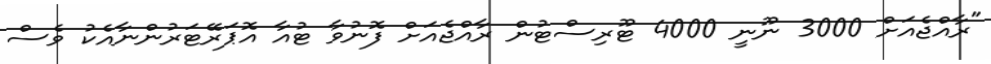
"ރާއްޖެއަށް 3000 ނޫނީ 4000 ޓޫރިސްޓުން ރާއްޖެއަށް ފޮނުވާ ޓުއާ އޮޕަރޭޓަރުންނާއެކު ވެސް